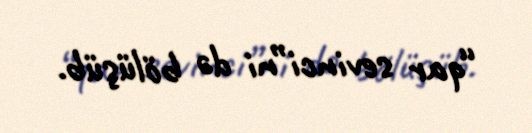
“qar sevinci”ni də bölüşüb.